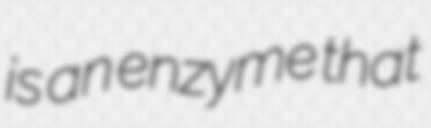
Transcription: is an enzyme that